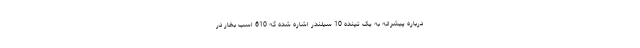
درباره پیشرانه به یک تپنده 10 سیلندر اشاره شده که 610 اسب بخار در